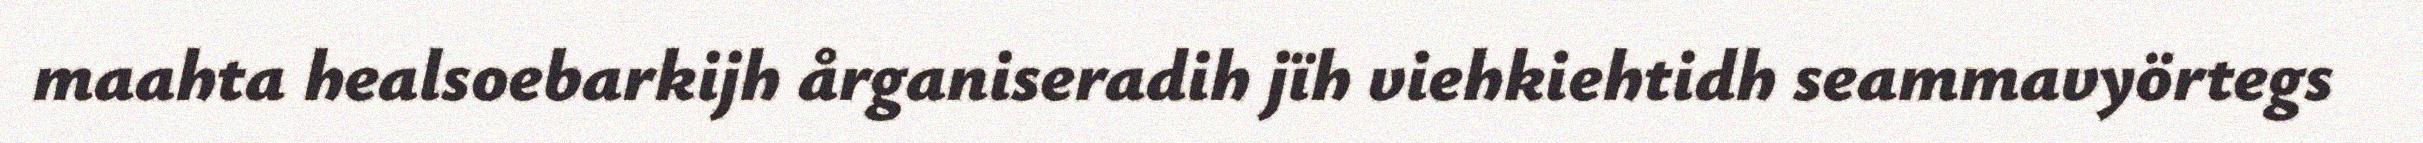
maahta healsoebarkijh årganiseradih jïh viehkiehtidh seammavyörtegs